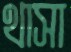
থাসা